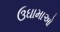
ઉઘામાઓ